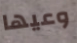
وعيها